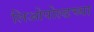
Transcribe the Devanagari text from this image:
लिओपोल्डच्या